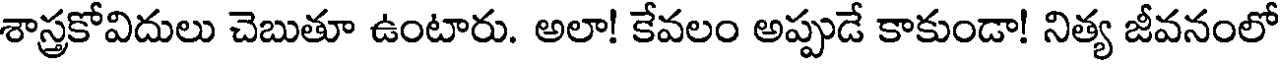
శాస్త్రకోవిదులు చెబుతూ ఉంటారు. అలా! కేవలం అప్పుడే కాకుండా! నిత్య జీవనంలో